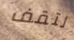
لتقف